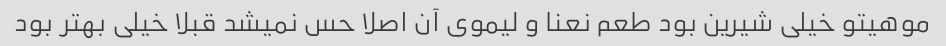
موهیتو خیلی شیرین بود طعم نعنا و لیموی آن اصلا حس نمیشد قبلا خیلی بهتر بود